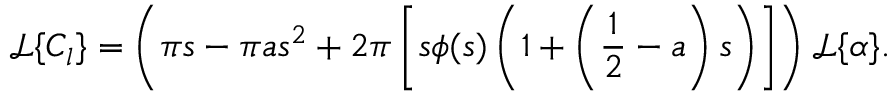
\mathcal { L } \{ C _ { l } \} = \left( \pi s - \pi a s ^ { 2 } + 2 \pi \left[ s \phi ( s ) \left( 1 + \left( \frac { 1 } { 2 } - a \right) s \right) \right] \right) \mathcal { L } \{ \alpha \} .